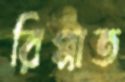
রিপ্পাত